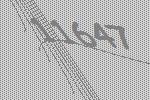
11647